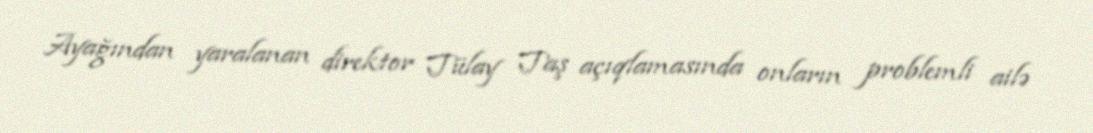
Ayağından yaralanan direktor Tülay Taş açıqlamasında onların problemli ailə